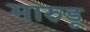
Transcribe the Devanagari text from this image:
मारुडू